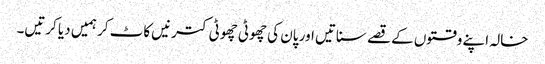
خالہ اپنے وقتوں کے قصے سناتیں اور پان کی چھوٹی چھوٹی کترنیں کاٹ کر ہمیں دیا کرتیں۔